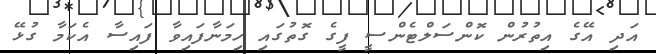
އަދި އޭގެ އިތުރުން ކޮންސަލްޓެންސީ ފީގެ ގޮތުގައި ހިމަނާފައިވާ ފައިސާ އެކަމާ ގުޅޭ